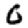
Digit: 0